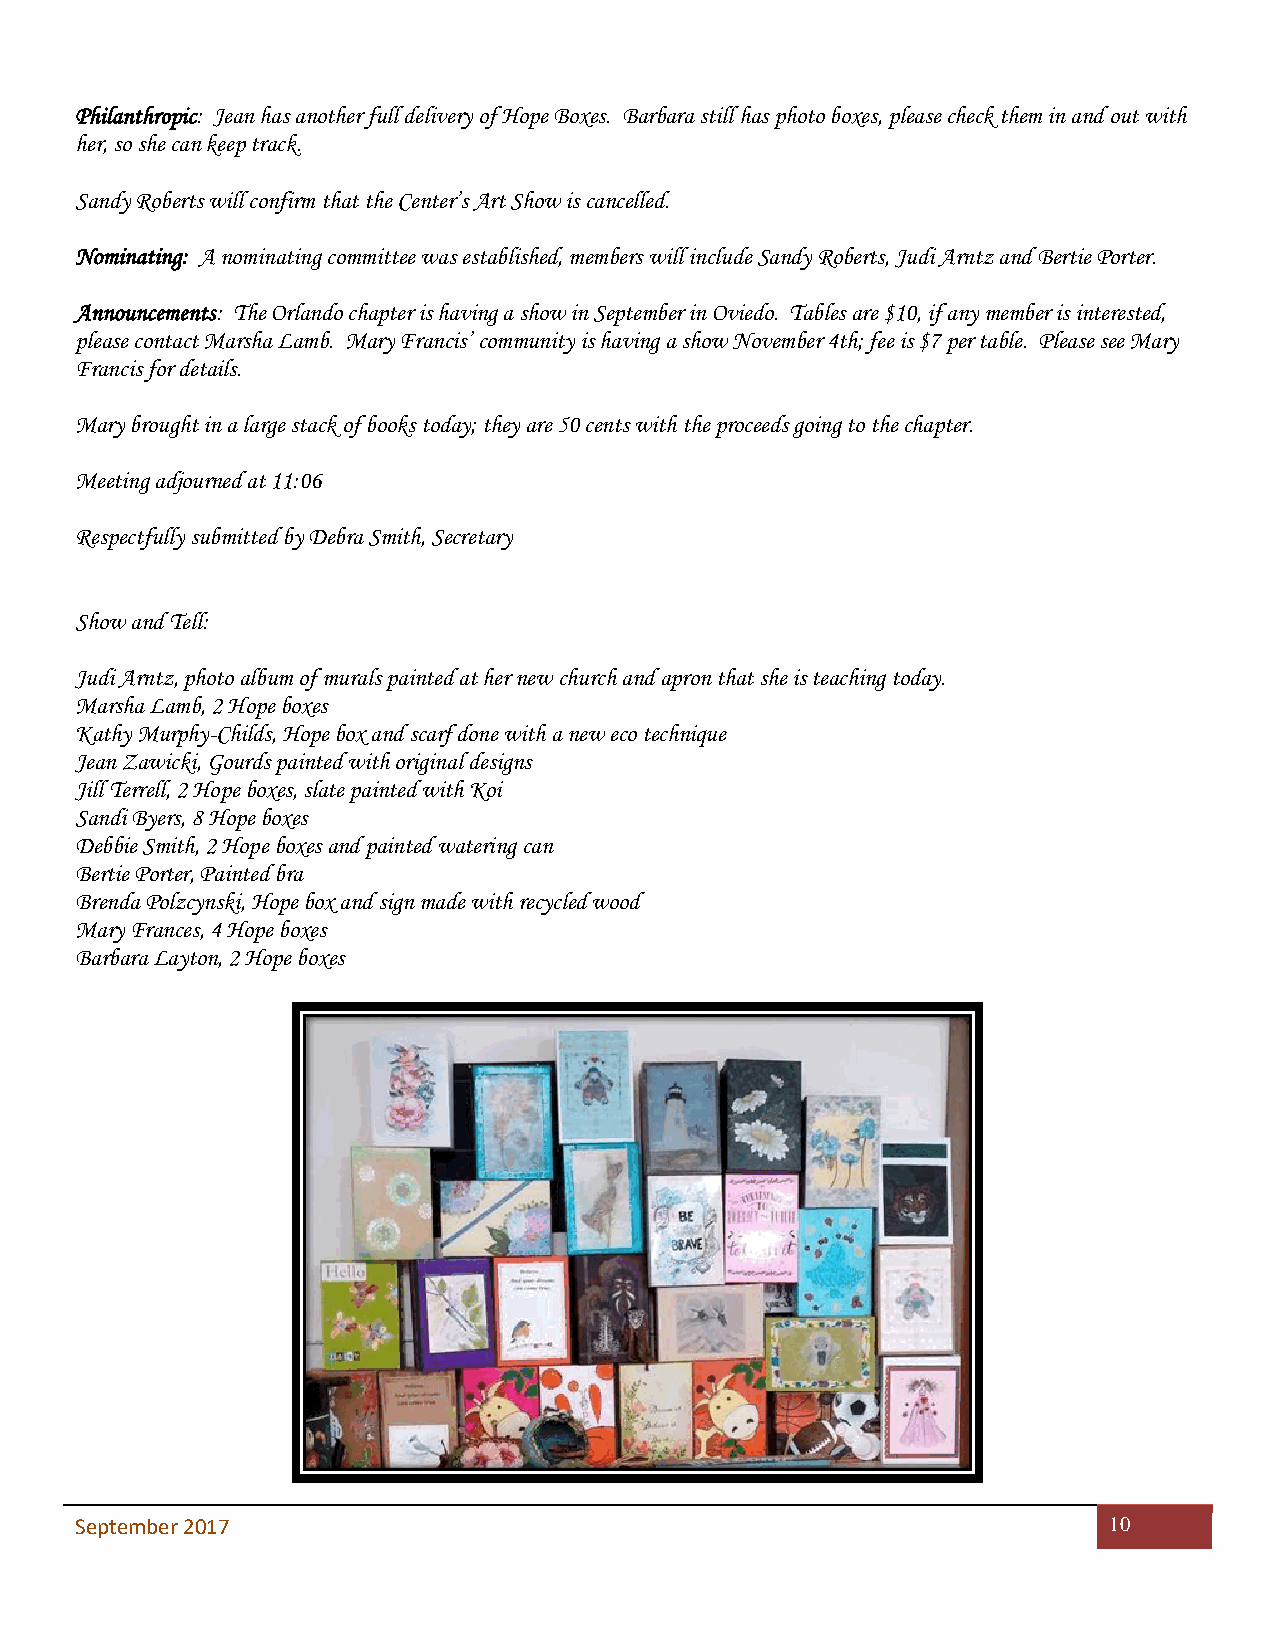
Philanthropic: Jean has another full delivery of Hope Boxes. Barbara still has photo boxes, please check them in and out with
 her, so she can keep track.
 Sandy Roberts will confirm that the Center’s Art Show is cancelled.
 Nominating: A nominating committee was established, members will include Sandy Roberts, Judi Arntz and Bertie Porter.
 Announcements: The Orlando chapter is having a show in September in Oviedo. Tables are $10, if any member is interested,
 please contact Marsha Lamb. Mary Francis’ community is having a show November 4th; fee is $7 per table. Please see Mary
 Francis for details.
 Mary brought in a large stack of books today; they are 50 cents with the proceeds going to the chapter.
 Meeting adjourned at 11:06
 Respectfully submitted by Debra Smith, Secretary
 Show and Tell:
 Judi Arntz, photo album of murals painted at her new church and apron that she is teaching today.
 Marsha Lamb, 2 Hope boxes
 Kathy Murphy-Childs, Hope box and scarf done with a new eco technique
 Jean Zawicki, Gourds painted with original designs
 Jill Terrell, 2 Hope boxes, slate painted with Koi
 Sandi Byers, 8 Hope boxes
 Debbie Smith, 2 Hope boxes and painted watering can
 Bertie Porter, Painted bra
 Brenda Polzcynski, Hope box and sign made with recycled wood
 Mary Frances, 4 Hope boxes
 Barbara Layton, 2 Hope boxes
 September 2017                                                      10